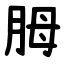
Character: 胟